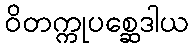
ဝိတက္ကုပစ္ဆေဒါယ